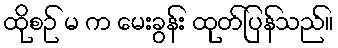
ထိုစဉ် မ က မေးခွန်း ထုတ်ပြန်သည်။